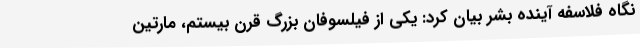
نگاه فلاسفه آینده بشر بیان کرد: یکی از فیلسوفان بزرگ قرن بیستم، مارتین